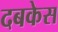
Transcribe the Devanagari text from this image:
दबकेस